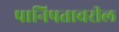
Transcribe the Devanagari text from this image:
पानिपतावरील